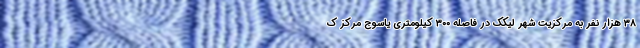
۳۸ هزار نفر به مرکزیت شهر لیکک در فاصله ۳۰۰ کیلومتری یاسوج مرکز ک